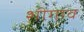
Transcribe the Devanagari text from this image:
शीगाव